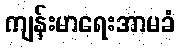
ကျန်းမာရေးအာမခံ